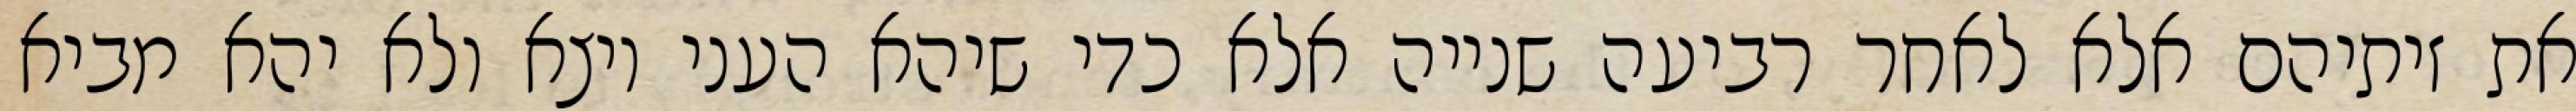
את זיתיהם אלא לאחר רביעה שנייה אלא כדי שיהא העני יוצא ולא יהא מביא